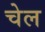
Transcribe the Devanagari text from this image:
चेल